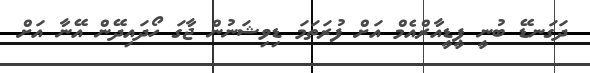
ދަގަނޑޭ ބުނީ ޕީޑީއާރްއެމް އަށް ފުރަތަމަ ޑިވިޝަނުން ޖާގަ ހޯދައިދޭން އޭނާ އަށް